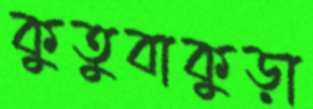
কুতুবাকুড়া